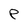
Character: e